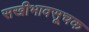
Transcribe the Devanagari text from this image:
सखीभावसूचक